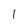
Character: 1